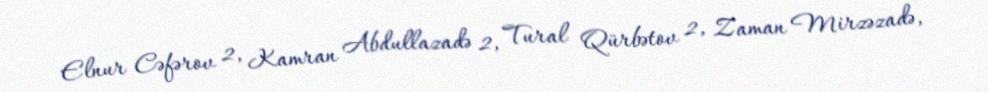
Elnur Cəfərov 2, Kamran Abdullazadə 2, Tural Qürbətov 2, Zaman Mirzəzadə,